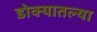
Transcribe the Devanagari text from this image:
डोक्यातल्या